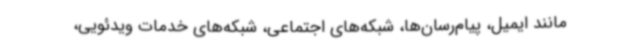
مانند ایمیل، پیام‌رسان‌ها، شبکه‌های اجتماعی، شبکه‌های خدمات ویدئویی،